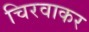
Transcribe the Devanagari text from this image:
चिरवाकर